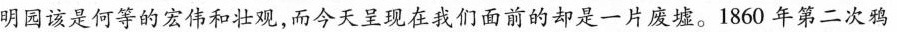
明园该是何等的宏伟和壮观，而今天呈现在我们面前的却是一片废墟。1860年第二次鸦